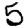
Digit: 5